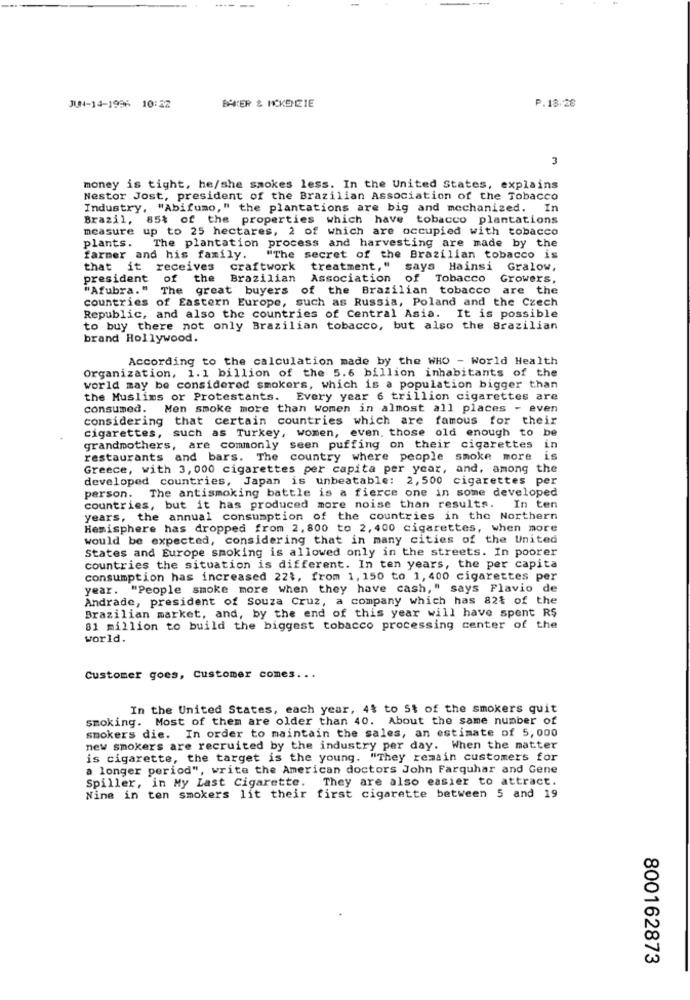
JUN4-14-1996 10:22
BAKER & HCKENCIE
P.18.28
3
money is tight, he/she smokes less. In the United States, explains
Nestor Jost, president of the Brazilian Association of the Tobacco
Industry, "Abifumo," the plantations are big and mechanized. In
Brazil, 85% of the properties which have tobacco plantations
measure up to 25 hectares, 2 of which are occupied with tobacco
The plantation process and harvesting are made by the
plants.
farmer and his family.
"The secret of the Brazilian tobacco is
that it receives
craftwork
treatment," says Hainsi Gralow,
president of the
Brazilian
Association of Tobacco
Growers,
"Afubra." The great buyers of the Brazilian tobacco are the
countries of Eastern Europe, such as Russia, Poland and the Czech
Republic, and also the countries of Central Asia. It is possible
to buy there not only Brazilian tobacco, but also the Brazilian
brand Hollywood.
According to the calculation made by the WHO - World Health
Organization, 1.1 billion of the 5.6 billion inhabitants of the
world may be considered smokers, which is a population bigger than
the Muslims or Protestants. Every year 6 trillion cigarettes are
consumed. Men smoke more than women in almost all places - even
considering that certain countries which are famous for their
cigarettes, such as Turkey, women, even, those old enough to be
grandmothers, are commonly seen puffing on their cigarettes in
restaurants and bars. The country where people smoke more is
Greece, with 3, 000 cigarettes per capita per year, and, among the
developed countries, Japan is unbeatable: 2,500 cigarettes per
person. The antismoking battle is a fierce one in some developed
countries, but it has produced more noise than results. In ten
years, the annual consumption of the countries in the Northern
Hemisphere has dropped from 2, 800 to 2, 400 cigarettes, when more
would be expected, considering that in many cities of the United
States and Europe smoking is allowed only in the streets. In poorer
countries the situation is different. In ten years, the per capita
consumption has increased 221, from 1, 150 to 1, 400 cigarettes per
year. "People smoke more when they have cash," says Flavio de
Andrade, president of Souza Cruz, a company which has 82% of the
Brazilian market, and, by the end of this year will have spent R$
81 million to build the biggest tobacco processing center of the
world.
Customer goes, Customer comes ...
In the United States, each year, 4% to 5t of the smokers quit
smoking. Most of them are older than 40. About the same number of
smokers die. In order to maintain the sales, an estimate of 5,000
new smokers are recruited by the industry per day. When the matter
is cigarette, the target is the young. "They remain customers for
a longer period", write the American doctors John Farquhar and Gene
Spiller, in My Last Cigarette. They are also easier to attract.
Nine in ten smokers lit their first cigarette between 5 and 19
800162873